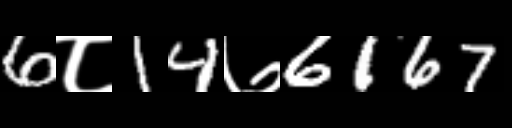
Text: 6८14७6167